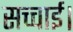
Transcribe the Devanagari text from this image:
सच्चाई।